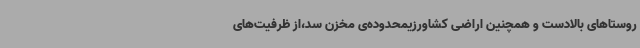
روستاهای بالادست و همچنین اراضی کشاورزیمحدوده‌ی مخزن سد،از ظرفیت‌های